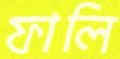
ফালি